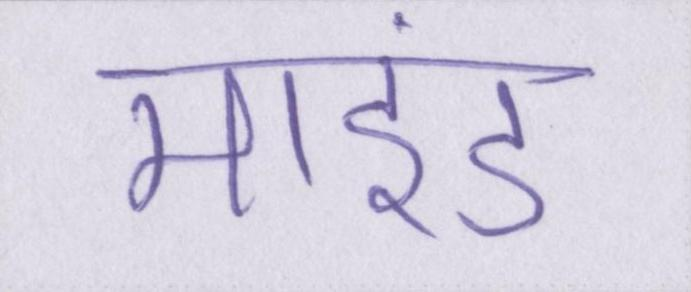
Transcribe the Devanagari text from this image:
माइंड